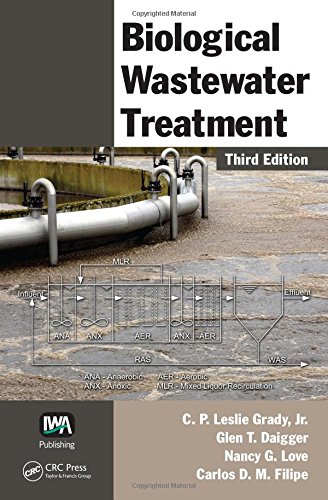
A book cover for Biological Wastewater Treatment, Third Edition; C. P. Leslie Grady  Jr.; Science & Math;